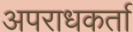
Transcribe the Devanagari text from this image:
अपराधकर्ता